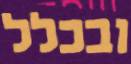
ובכלל